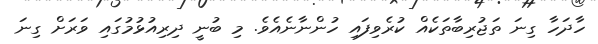
ހާދަހާ ގިނަ ތަޖުރިބާތަކެއް ކުރެވިފައި ހުންނާނެއެވެ. މި ބުނީ ދިރިއުޅުމުގައި ވަރަށް ގިނަ